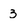
Character: 3